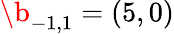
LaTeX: \b_{-1,1}=(5,0)